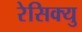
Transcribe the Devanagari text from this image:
रेसिक्यु